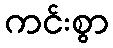
ကင်းစွာ